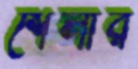
শেলার